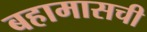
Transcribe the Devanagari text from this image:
बहामासची